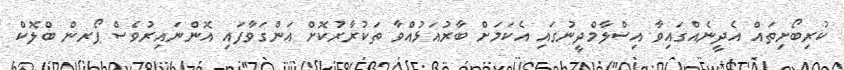
ކުރިބޯށިތައް އެދީނެއްގައިވާ އިސްލާމްދީނުގައި އެކަމަށް ބާރުއަޅުއްވާ ތަކުރާރުކޮށް އަންގަވާފައި އޮންނައިރުވެސް ޕޯރން ބްލޮކް